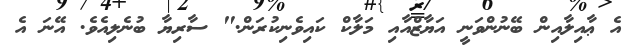
އެ ޢާއިލާއިން ބޭނުންވަނީ އަޔާޒްއާއި މަލާކް ކައިވެނިކުރަން." ސާރިޔާ ބުނެލިއެވެ. އޭނަ އެ